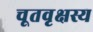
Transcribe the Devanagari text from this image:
चूतवृक्षस्य